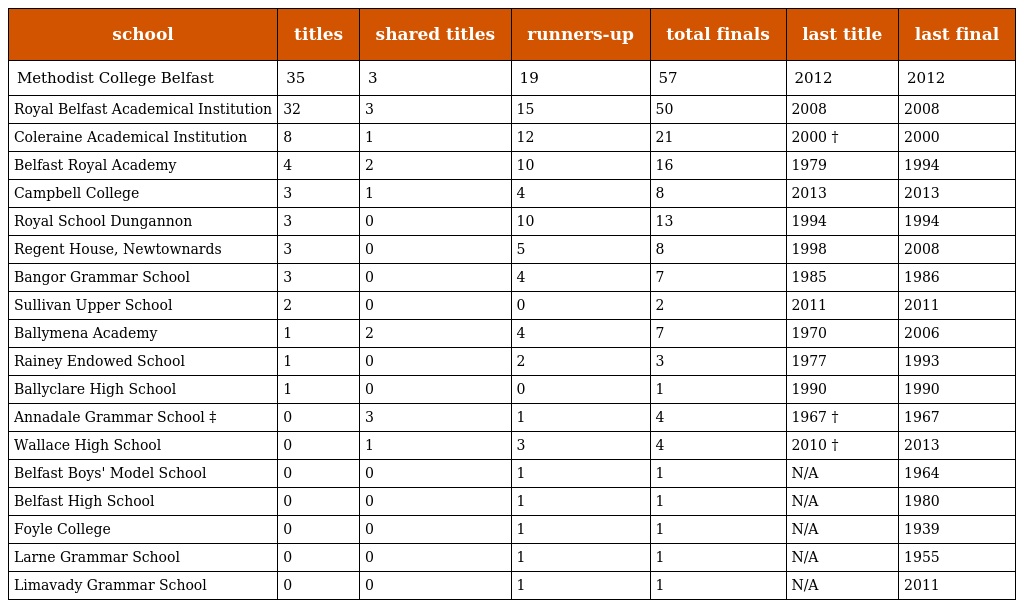
| school | titles | shared titles | runners-up | total finals | last title | last final |
 | --- | --- | --- | --- | --- | --- | --- |
 | Methodist College Belfast | 35 | 3 | 19 | 57 | 2012 | 2012 |
 | Royal Belfast Academical Institution | 32 | 3 | 15 | 50 | 2008 | 2008 |
 | Coleraine Academical Institution | 8 | 1 | 12 | 21 | 2000 † | 2000 |
 | Belfast Royal Academy | 4 | 2 | 10 | 16 | 1979 | 1994 |
 | Campbell College | 3 | 1 | 4 | 8 | 2013 | 2013 |
 | Royal School Dungannon | 3 | 0 | 10 | 13 | 1994 | 1994 |
 | Regent House, Newtownards | 3 | 0 | 5 | 8 | 1998 | 2008 |
 | Bangor Grammar School | 3 | 0 | 4 | 7 | 1985 | 1986 |
 | Sullivan Upper School | 2 | 0 | 0 | 2 | 2011 | 2011 |
 | Ballymena Academy | 1 | 2 | 4 | 7 | 1970 | 2006 |
 | Rainey Endowed School | 1 | 0 | 2 | 3 | 1977 | 1993 |
 | Ballyclare High School | 1 | 0 | 0 | 1 | 1990 | 1990 |
 | Annadale Grammar School ‡ | 0 | 3 | 1 | 4 | 1967 † | 1967 |
 | Wallace High School | 0 | 1 | 3 | 4 | 2010 † | 2013 |
 | Belfast Boys' Model School | 0 | 0 | 1 | 1 | N/A | 1964 |
 | Belfast High School | 0 | 0 | 1 | 1 | N/A | 1980 |
 | Foyle College | 0 | 0 | 1 | 1 | N/A | 1939 |
 | Larne Grammar School | 0 | 0 | 1 | 1 | N/A | 1955 |
 | Limavady Grammar School | 0 | 0 | 1 | 1 | N/A | 2011 |